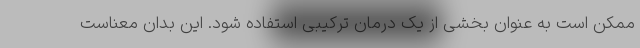
ممکن است به عنوان بخشی از یک درمان ترکیبی استفاده شود. این بدان معناست